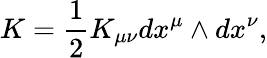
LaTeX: K=\frac{1}{2}K_{\mu\nu}dx^{\mu}\wedge dx^{\nu},